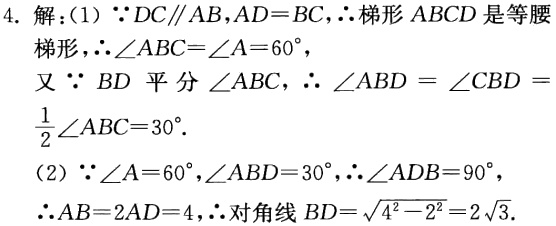
4. 解：(1) \(\because DC\parallel AB,AD = BC,\therefore\)梯形 \(ABCD\) 是等腰梯形，\(\therefore\angle ABC=\angle A = 60^{\circ}\)，

又 \(\because BD\) 平分 \(\angle ABC\)，\(\therefore\angle ABD=\angle CBD=\frac{1}{2}\angle ABC = 30^{\circ}\).

(2) \(\because\angle A = 60^{\circ},\angle ABD = 30^{\circ},\therefore\angle ADB = 90^{\circ}\)，

\(\therefore AB = 2AD = 4,\therefore\)对角线 \(BD=\sqrt{4^{2}-2^{2}} = 2\sqrt{3}\).